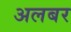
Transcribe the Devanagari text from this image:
अलबर